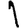
Digit: 1